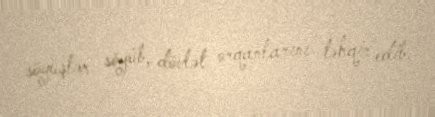
söyüşlər söyüb, dövlət orqanlarını təhqir edib.